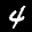
Label: 4